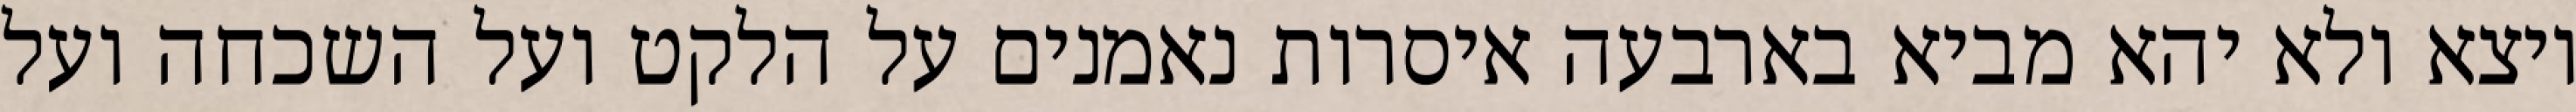
יוצא ולא יהא מביא בארבעה איסרות נאמנים על הלקט ועל השכחה ועל